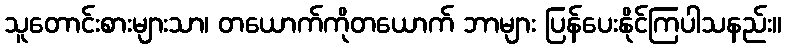
သူတောင်းစားများသာ၊ တယောက်ကိုတယောက် ဘာများ ပြန်ပေးနိုင်ကြပါသနည်း။